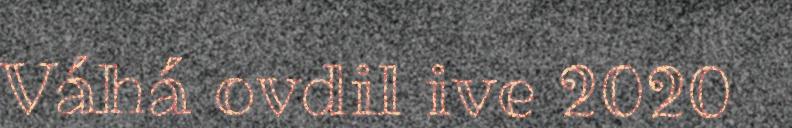
Váhá ovdil ive 2020